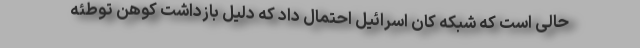
حالی است که شبکه کان اسرائیل احتمال داد که دلیل بازداشت کوهن توطئه